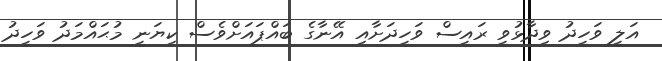
އަލީ ވަހީދު ވިދާޅުވީ ރައީސް ވަހީދަށާއި އޭނާގެ ބައްޕައަށްވެސް ކިޔަނީ މުޙައްމަދު ވަހީދު